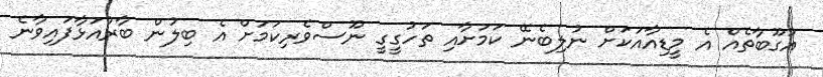
އުގޫބާތެއް އެ މީޑިއާއަކަށް ނުލިބެނޭ ކަމަށާއި ތަހުގީގީ ނޫސްވެރިކަމަށް އެ ބިލުން ބާރުއަޅާފައިވާނެ